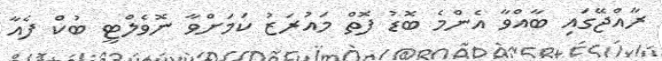
ރާއްޖޭގައި ބާއްވާ އެންމެ ބޮޑު ފޮތް މައުރަޒު ކަމަށްވާ ނޮވެލްޓީ ބުކް ފެއާ